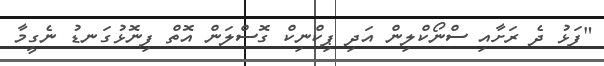
"ފަޅު ދެ ރަށާއި ސްނޯކްލިން އަދި ޕިކްނިކް ގޮސްލަން އޮތް ފިނޮޅުގަނޑު ނެގީމާ